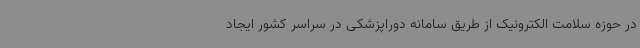
در حوزه سلامت الکترونیک از طریق سامانه دوراپزشکی در سراسر کشور ایجاد